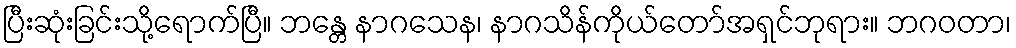
ပြီးဆုံးခြင်းသို့ရောက်ပြီ။ ဘန္တေ နာဂသေန၊ နာဂသိန်ကိုယ်တော်အရှင်ဘုရား။ ဘဂဝတာ၊